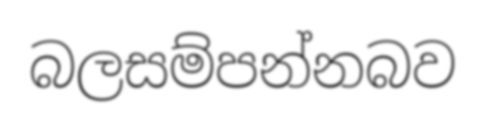
බලසම්පන්නබව